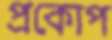
প্রকোপ